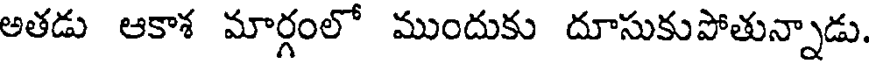
అతడు ఆకాశ మార్గంలో ముందుకు దూసుకుపోతున్నాడు.